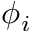
\phi _ { i }